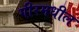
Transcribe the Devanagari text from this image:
गीरमधील